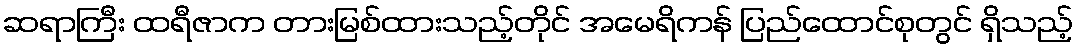
ဆရာကြီး ထရီဇာက တားမြစ်ထားသည့်တိုင် အမေရိကန် ပြည်ထောင်စုတွင် ရှိသည့်